Annual report of the Imperial Bacteriological Laboratory, Muktesar
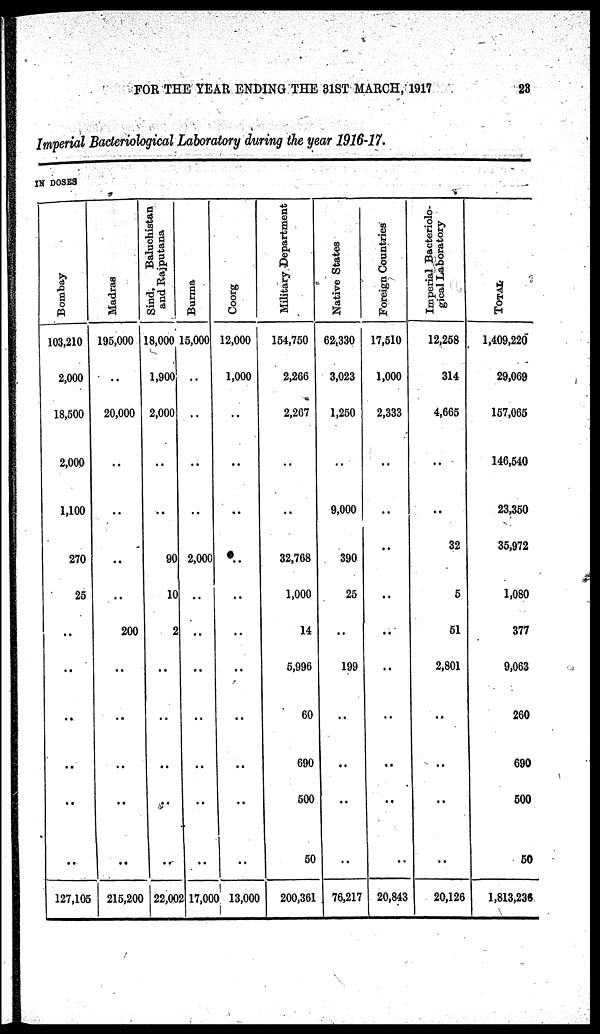
FOR THE YEAR ENDING THE 31ST MARCH, 1917
28
Imperial Bacteriological Laboratory during the year 1916-17.
IN DOSES
Bombay
103,210
2,000
18,500
2,000
1,100
270
25
127,105
Madras
195,000
..
20,000
..
200
215,200
Sind,
Baluchistan
and Rajputana
18,000
1,900
2,000
90
10
2
..
22,002
Burma
15,000
..
..
..
2,000
..
..
..
..
..
..
..
17,000
Coorg
12,000
1,000
..
..
..
..
..
..
..
13,000
Military Department
154,750
2,266
2,267
32,768
1,000
14
5,996
60
690
500
50
200,361
Native States
62,330
3,023
1,250
9,000
390
25
199
76,217
Foreign Countries
17,510
1,000
2,333
..
..
20,843
Imperial Bacteriolo-
gical Laboratory
12,258
314
4,665
32
5
51
2,801
20,126
TOTAL
1,409,220
29,069
157,065
146,540
23,350
35,972
1,080
377
9,063
260
690
500
50
1,813,236